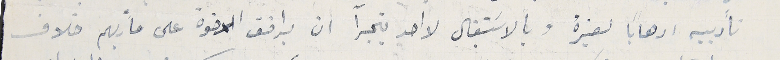
تأديبه ارهاباً لغيره وبالاسَتقبال لا احد يتجرآ ان يرافق الاخوة على مأربهم خلاف